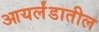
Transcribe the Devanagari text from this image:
आयर्लंडातील